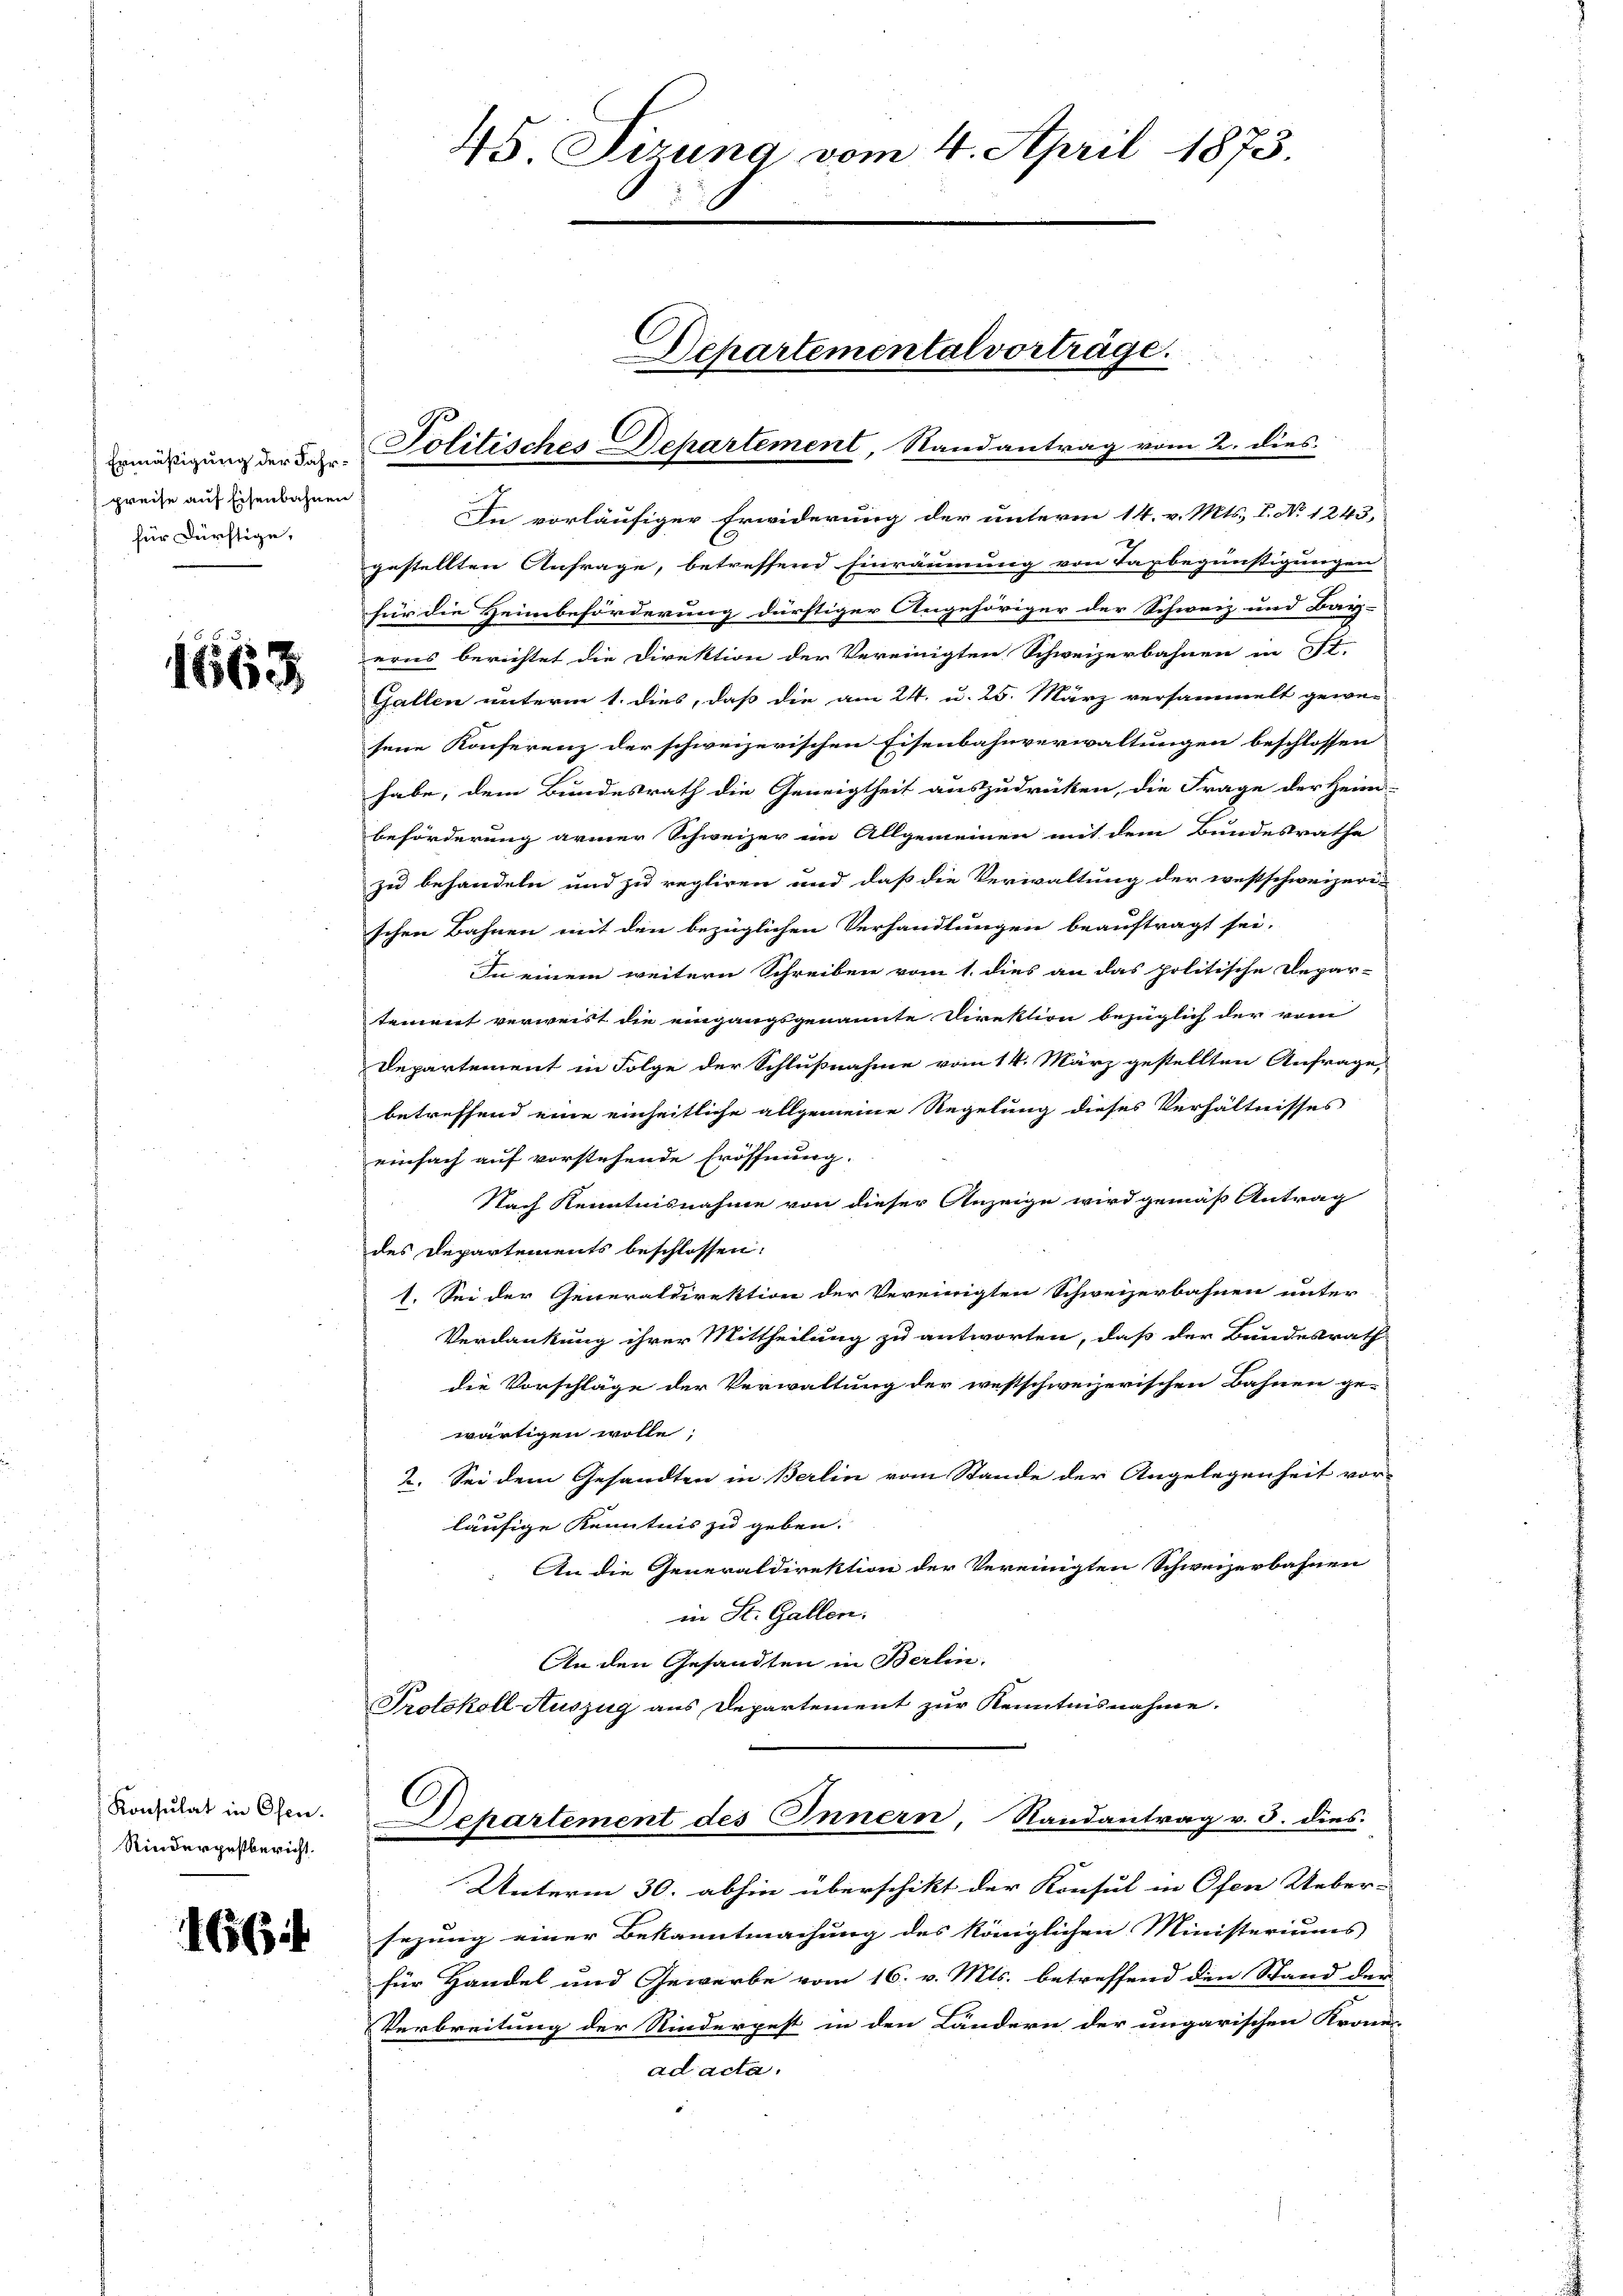
Ermäßigung der Jahr:
preise auf Eisenbahnen
für Dürftige,

1663

Konsulat in Osen.
Rinderpestbericht.

166

In vorläufiger Erwiderung der unterm 14. v. Mts. I. No 1243,
gestellten Anfrage, betreffend Einräumung von Taxbegünstigungen
für die Heimbeförderung dürftiger Angehöriger der Schweiz und Bay-
erns berichtet die Direktion der Vereinigten Schweizerbahnen in St.
Gallen unterm 1. dies, daß die am 24. u. 25. März versammelt gewe-
sene Konferenz der schweizerischen Eisenbahnverwaltungen beschlossen
habe, dem Bundesrath die Geneigtheit auszudrücken, die Frage der Heim-
beförderung armer Schweizer im Allgemeinen mit dem Bundesrathe
zu behandeln und zu regliren und daß die Verwaltung der westschweizeri-
schen Bahnen mit den bezüglichen Verhandlungen beauftragt sei.
In einem weitern Schreiben vom 1. dies an das politische Depar-
tement verweist die eingangsgenannte Direktion bezüglich der vom
Departement in Folge der Schlußnahme vom 14. März gestellten Anfrage,
betreffend eine einheitliche allgemeine Regelung dieses Verhältnisses
einfach auf vorstehende Eröffnung.
Nach Kenntnisnahme von dieser Anzeige wird gemäß Antrag
des Departements beschlossen:
1. Sei der Generaldirektion der Vereinigten Schweizerbahnen unter
Verdankung ihrer Mittheilung zu antworten, daß der Bundesrath
die Vorschläge der Verwaltung der westschweizerischen Bahnen ge-
wärtigen wolle;
2. Sei dem Gesandten in Berlin vom Stande der Angelegenheit vor-
läufige Kenntnis zu geben.
An die Generaldirektion der Vereinigten Schweizerbahnen
in St. Gallen.
An den Gesandten in Berlin.
Protokoll-Auszug aus Departement zur Kenntnisnahme.

45 Sizung vom 4. April 1873.

Departemental vorträge.
Politisches Departement, Randantrag vom 2. dies

Dehartement des Innern, Randantrag v. 3. dies

Unterm 30. abhin überschikt der Konsul in Ofen Ueber-
sezung einer Bekanntmachung des königlichen Ministeriums |
für Handel und Gewerbe vom 16. v. Mts. betreffend den Stand der
Verbreitung der Rinderpest in den Ländern der ungarischen Krones-
ad acta.